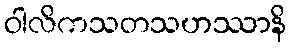
ဝါလိကသတသဟဿာနိ